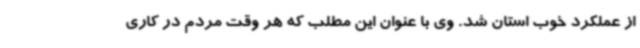
از عملکرد خوب استان شد. وی با عنوان این مطلب که هر وقت مردم در کاری